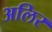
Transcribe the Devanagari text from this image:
अलिर